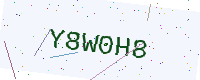
Text: Y8W0H8